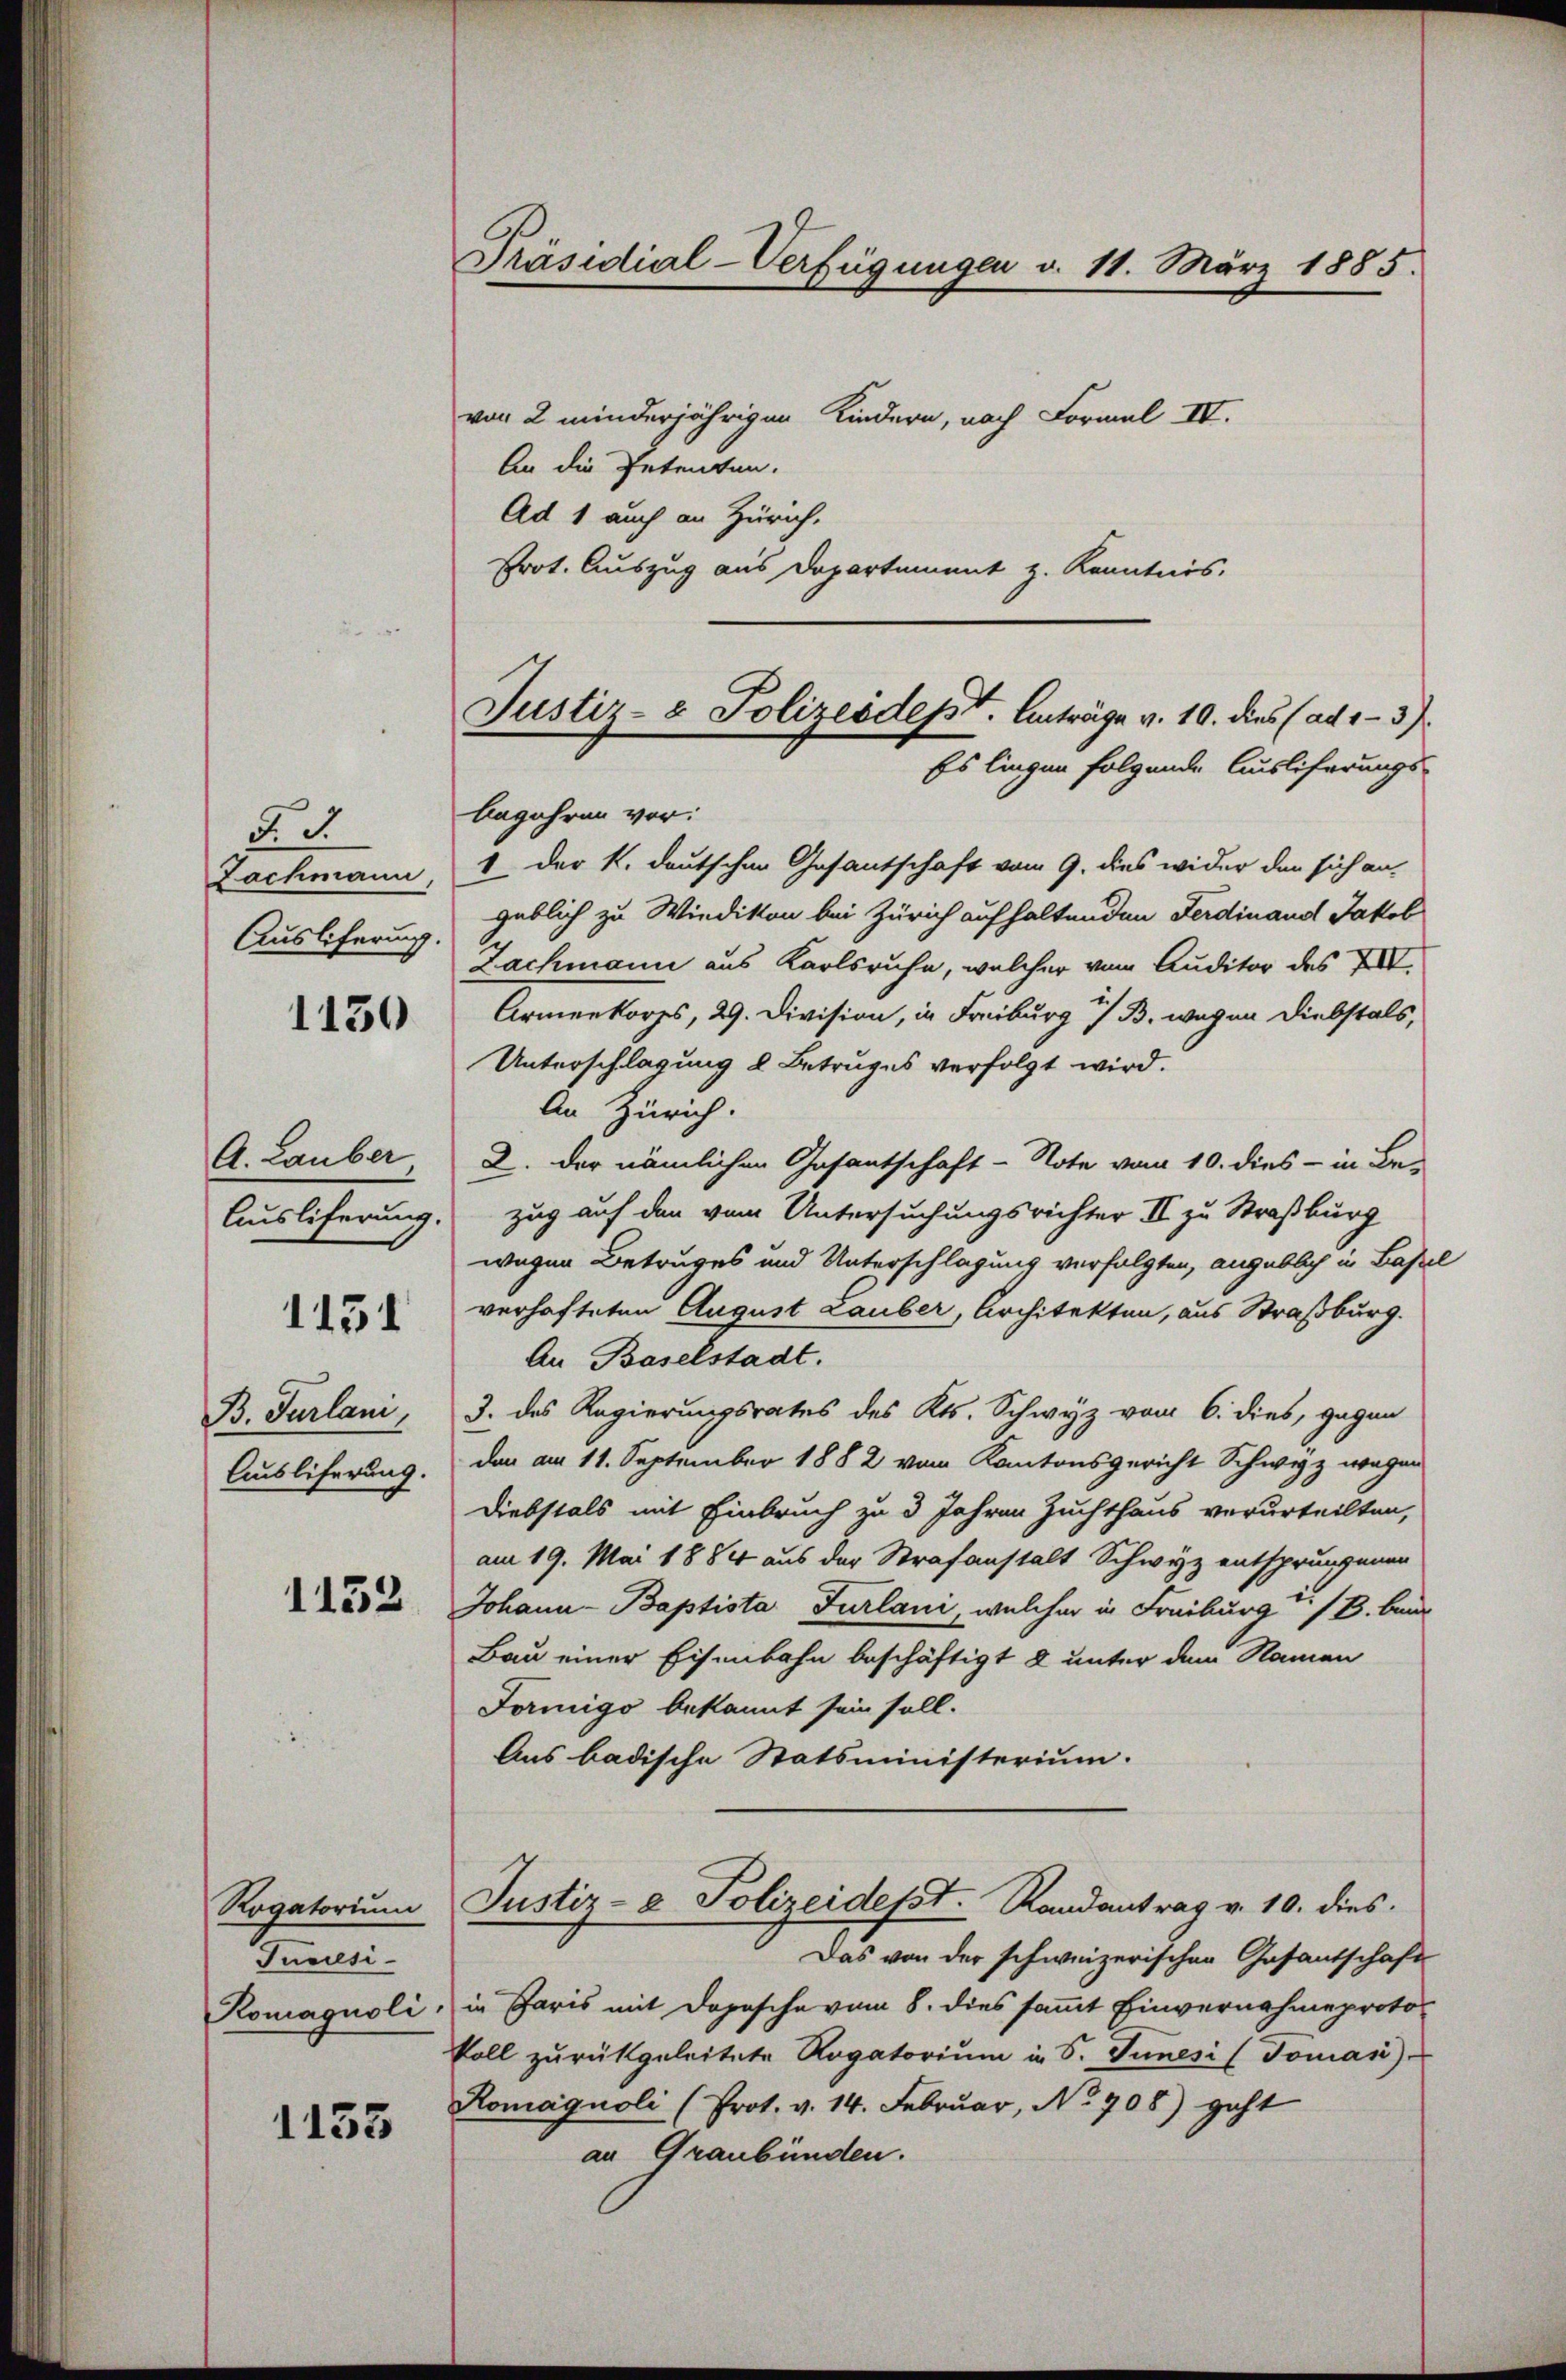
§. 2.
Lachmann,
Ausliferung.

1130

A. Lauber
Ausliferung.

1151

B. Turlani,
Auslieferung.

1152

Rogatorium
Junesi¬
Komagnoli

1133

Präsidial-Verfügungen d. 11. März 1885.

von 2 minderjährigen Kindern, nach Formel IV.
An die Petenten.
Ad 1 auch an Zürich.
Prot. Auszug aus Departement z. Kenntnis.

Justiz- & Polizeidept. Anträge v. 10. dies (ad 1.- 3)
Es liegen folgende Ausliferungs-

begehren vor:
1 der k. deutschen Gesantschaft vom 9. dies wider den sich an-
geblich zu Wiedikon bei Zürich aufhaltenden Ferdinand Jakob
Zachmann aus Karlsruhe, welcher vom Auditor des XIII.
Armenkorps, 29. Division, in Freiburg i/B. wegen Diebstals,
Unterschlagung l. Betruges verfolgt wird.
An Zürich.
2. der nämlichen Gasantschaft - Note vom 10. dies - in Be-
zug auf den vom Untersuchungsrichter II zu Straßburg
wegen Betruges und Unterschlagung verfolgten, angeblich in Basel
verhafteten August Lauber, Architekten, aus Straßburg.
An Baselstadt.
3. des Regierungsrates des Kts. Schwyz vom 6. dies, gegen
dan am 11. September 1882 vom Kantonsgericht Schwyz wegen
Diebstals mit Einbruch zu 3 Jahren Zuchthaus verurteilten,
am 19. Mai 1884 aus der Strafanstalt Schwyz entsprungenen
Johann Baptista Furlani, welcher in Freiburg / B. ben
Bau einer Eisenbahn beschäftigt & unter dem Namen
Fornigo bekannt sein soll.
Aus badische Statsministerium.
Justiz- & Polizeidesst. Randantrag v. 10. dies
Das von der schweizerischen Gasantschaft
in Paris mit Dopesche vom 8. dies sammt Einvernahme proto¬
Voll zurükgeleitete Rogatorium in S. Junesi (Toman)
Romagnoli (Prot. v. 14. Februar, No 908) geht
an Graubünden.